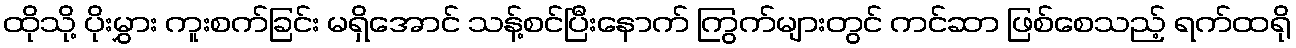
ထိုသို့ ပိုးမွှား ကူးစက်ခြင်း မရှိအောင် သန့်စင်ပြီးနောက် ကြွက်များတွင် ကင်ဆာ ဖြစ်စေသည့် ရက်ထရို